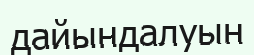
дайындалуын